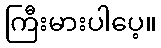
ကြီးမားပါပေ့။